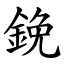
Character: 鋔